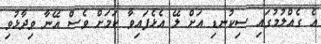
އެ ގެއްލުމުގައި ސިކުނޑި އަށް ލޭ އެޅެފައިވާ ކަމަށް ވެސް އޭނާ ވިދާޅުވި